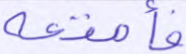
فأمتعه